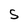
Character: S